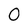
Character: O